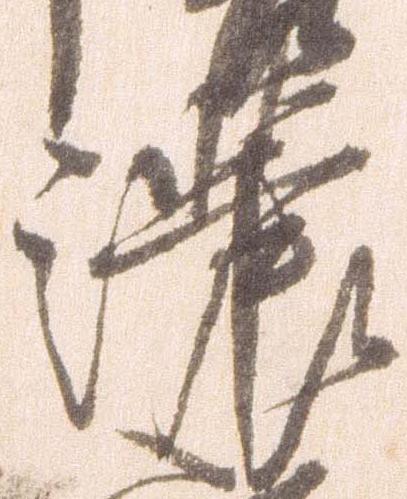
濃